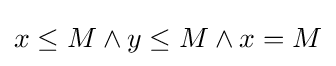
x\leq M\land y\leq M\land x=M